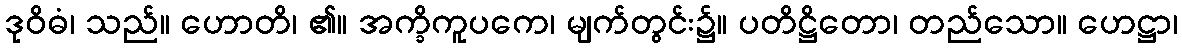
ဒုဝိဓံ၊ သည်။ ဟောတိ၊ ၏။ အက္ခိကူပကေ၊ မျက်တွင်း၌။ ပတိဋ္ဌိတော၊ တည်သော။ ဟေဋ္ဌာ၊